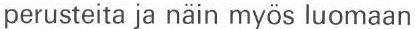
perusteita ja näin myös luomaan